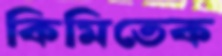
কিমিতেক